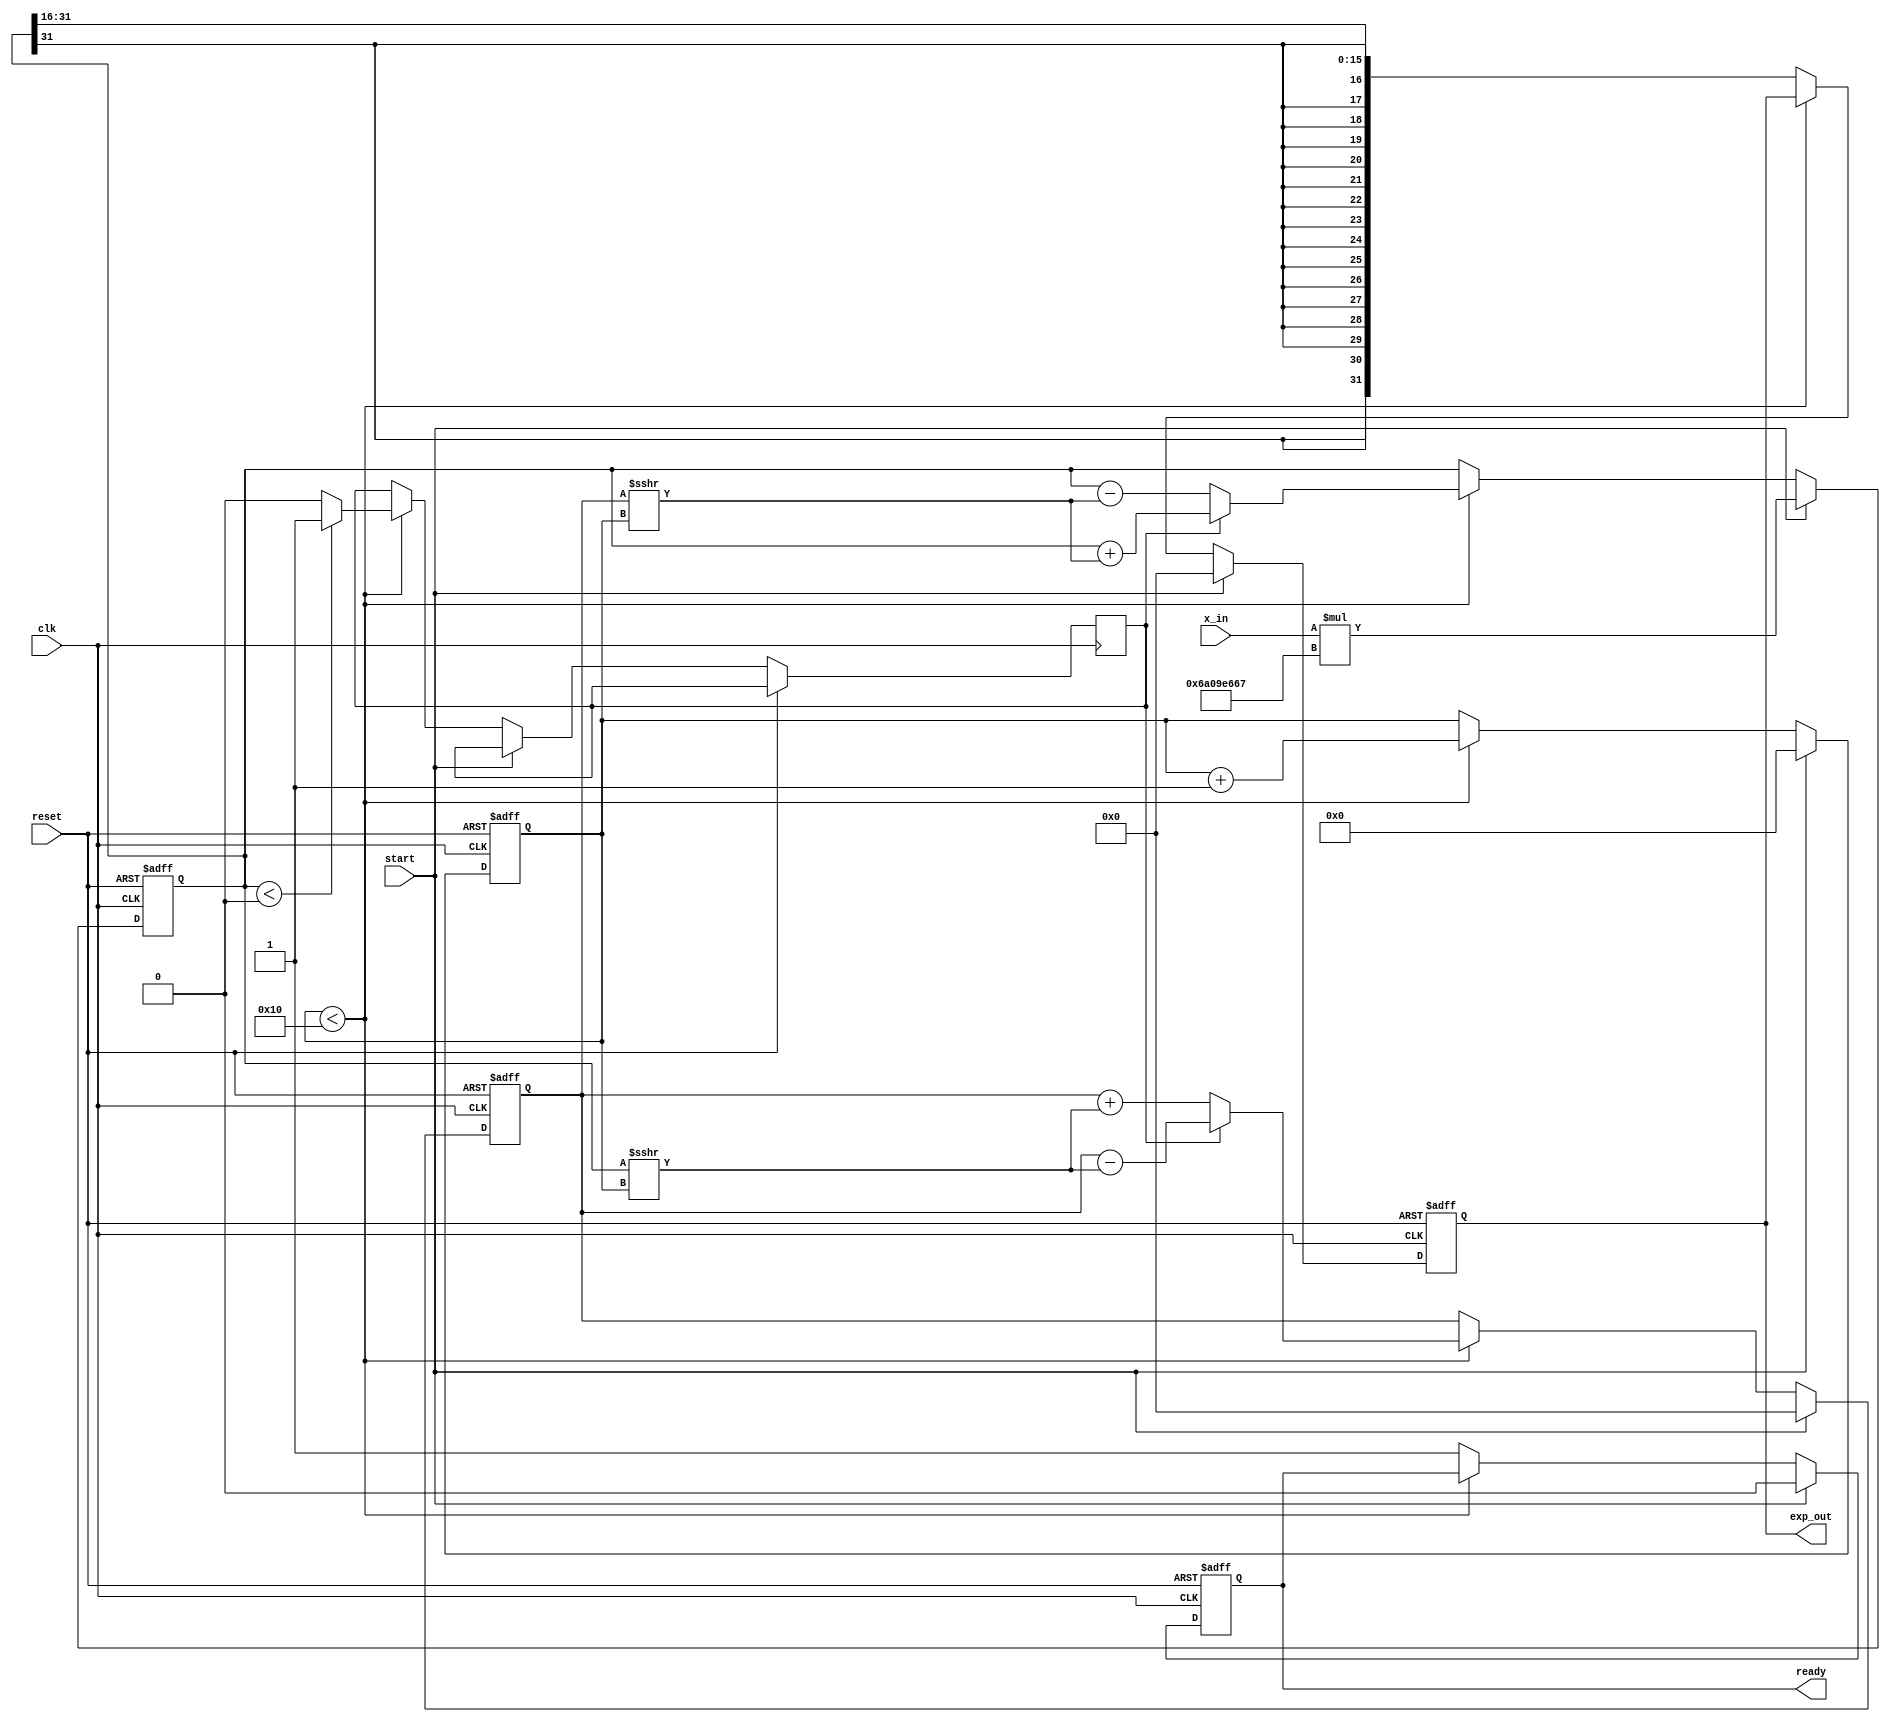
module cordic_exponential(
    input clk,
    input reset,
    input start,
    input signed [15:0] x_in, // Input fixed-point representation of x
    output reg signed [31:0] exp_out, // Output fixed-point representation of e^x
    output reg ready // Output signal to indicate completion
);

// Parameters
parameter NUM_ITERATIONS = 16; // Number of iterations
parameter ANGLE_WIDTH = 16; // Width for angle representation
parameter FIXED_POINT_WIDTH = 32; // Width for fixed-point output

// CORDIC gain factor for scaling
parameter signed [FIXED_POINT_WIDTH-1:0] CORDIC_GAIN = 32'h16A09E667; // Approx. 1.6487 in fixed-point

// Angle lookup table (arctan values) for CORDIC
reg signed [ANGLE_WIDTH-1:0] angle_table [0:NUM_ITERATIONS-1];
initial begin
    angle_table[0] = 16'h1C90; // atan(2^0)
    angle_table[1] = 16'h1A62; // atan(2^-1)
    angle_table[2] = 16'h186A; // atan(2^-2)
    angle_table[3] = 16'h159A; // atan(2^-3)
    angle_table[4] = 16'h1342; // atan(2^-4)
    angle_table[5] = 16'h110B; // atan(2^-5)
    angle_table[6] = 16'h0F8A; // atan(2^-6)
    angle_table[7] = 16'h0D6B; // atan(2^-7)
    angle_table[8] = 16'h0B5C; // atan(2^-8)
    angle_table[9] = 16'h095A; // atan(2^-9)
    angle_table[10] = 16'h07A3; // atan(2^-10)
    angle_table[11] = 16'h0627; // atan(2^-11)
    angle_table[12] = 16'h04D9; // atan(2^-12)
    angle_table[13] = 16'h03B7; // atan(2^-13)
    angle_table[14] = 16'h02C0; // atan(2^-14)
    angle_table[15] = 16'h01F2; // atan(2^-15)
end

// Internal signals
reg signed [FIXED_POINT_WIDTH-1:0] x, y;
reg [3:0] iteration_count;
reg signed [ANGLE_WIDTH-1:0] angle;
reg rotation_direction;

always @(posedge clk or posedge reset) begin
    if (reset) begin
        x <= 0;
        y <= 0;
        exp_out <= 0;
        ready <= 0;
        iteration_count <= 0;
    end else if (start) begin
        // Initialize variables
        x <= x_in * CORDIC_GAIN; // Scale input
        y <= 0;
        exp_out <= 0;
        ready <= 0;
        iteration_count <= 0;
    end else if (iteration_count < NUM_ITERATIONS) begin
        // CORDIC iterations
        angle <= angle_table[iteration_count];
        rotation_direction <= (x < 0) ? 1 : 0; // Determine rotation direction

        // Perform rotation
        if (rotation_direction) begin // x < 0
            x <= x + (y >>> iteration_count);
            y <= y - (x >>> iteration_count);
        end else begin
            x <= x - (y >>> iteration_count);
            y <= y + (x >>> iteration_count);
        end

        iteration_count <= iteration_count + 1;
    end else begin
        // After final iteration
        exp_out <= x >>> 16; // Adjust for fixed-point representation
        ready <= 1; // Indicate computation is done
    end
end

endmodule